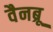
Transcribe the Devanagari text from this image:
वैनब्रू